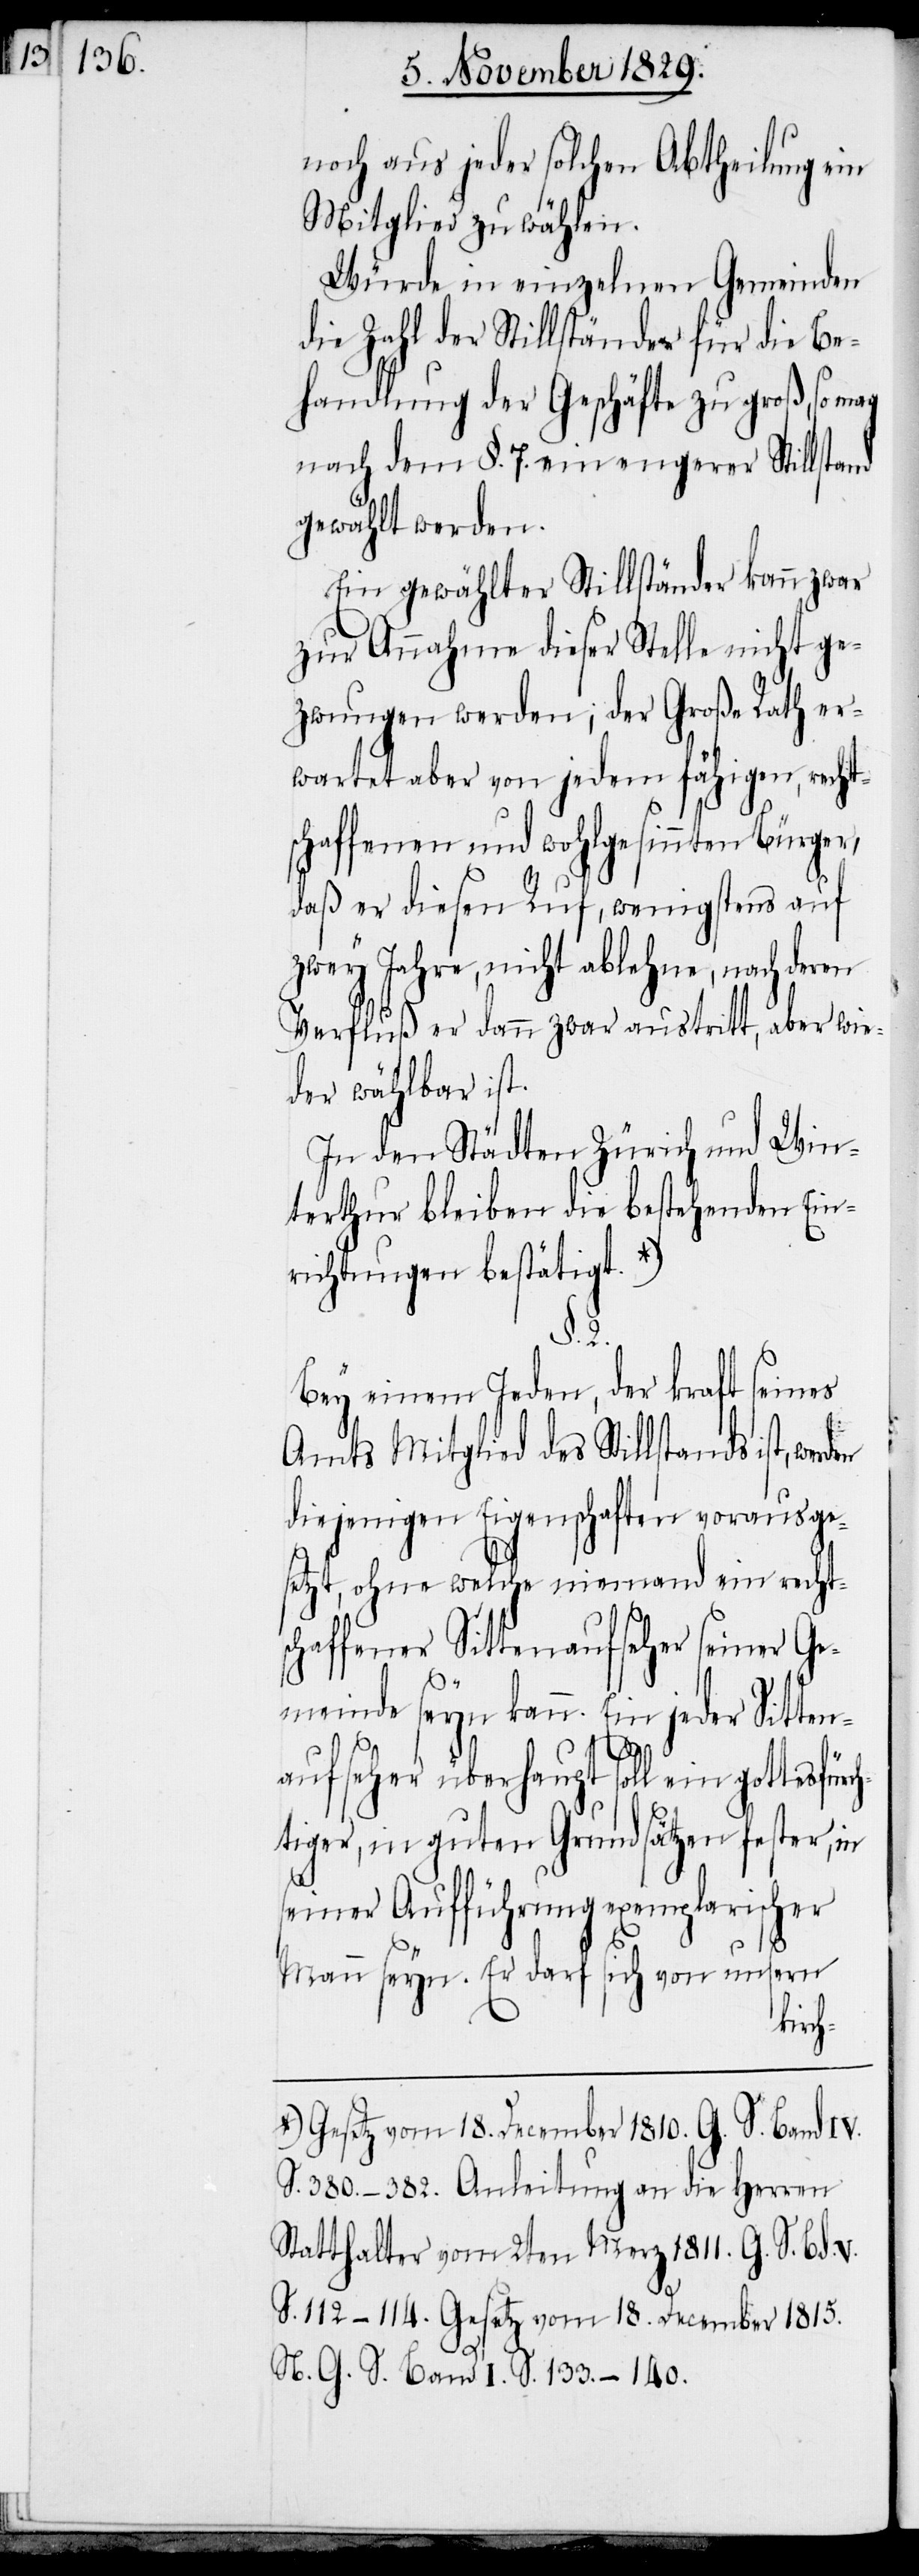
noch aus jeder solchen Abtheilung ein
Mitglied zu wählen.
Würde in einzelnen Gemeinden
die Zahl der Stillständer für die Be¬
handlung der Geschäfte zu groß, so mag
nach dem §. 7. ein engerer Stillstand
gewählt werden.
Ein gewählter Stillständer kann zwar
zur Annahme dieser Stelle nicht ge¬
zwungen werden; der Große Rath er¬
wartet aber von jedem fähigen, recht¬
schaffenen und wohlgesinnten Bürger,
daß er diesen Ruf, wenigstens auf
zwey Jahre, nicht ablehne, nach deren
Verfluß er dann zwar austritt, aber wie¬
der wählbar ist.
In den Städten Zürich und Win¬
terthur bleiben die bestehenden Ein¬
richtungen bestätigt.
§. 2.
Bey einem Jeden, der kraft seines
Amts Mitglied des Stillstands ist,
diejenigen Eigenschaften vorausge¬
setzt, ohne welche niemand ein recht¬
schaffener Sittenaufseher seiner Ge¬
meinde seyn kann. Ein jeder Sitten¬
aufseher überhaupt soll ein gottesfürch¬
tiger, in guten Grundsätzen fester, in
seiner Aufführung exemplarischer
Mann seyn. Er darf sich von unsern
a-Gesetz vom 18. December 1810. G. S. Band IV.
S. 380–382. Anleitung an die Herren
Statthalter vom 2ten Merz 1811. G. S. Bd.
S. 112–114. Gesetz vom 18. December 1815.
N. G. S. Band I. S. 133–140.-a